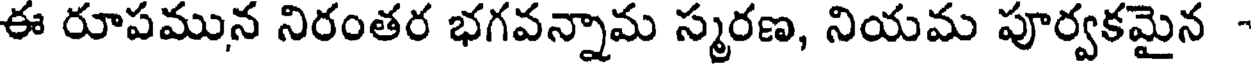
ఈ రూపమున నిరంతర భగవన్నామ స్మరణ, నియమ పూర్వకమైన -